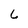
Character: 6